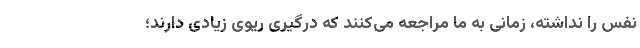
نفس را نداشته، زمانی به ما مراجعه می‌کنند که درگیری ریوی زیادی دارند؛